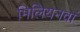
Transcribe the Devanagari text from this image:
मिलियनवां